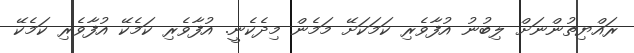
ރައްޔިތުންނަށް ލިބުނު އުފާވެރި ކަމަކަށޭ މަމެން މިދެކެނީ. އުފާވެރި ކަމެކޭ އުފާވެރި ކަމެކޭ